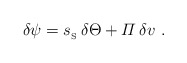
\begin{align*}\delta\psi={s_{_{\rm S}}}\,\delta\Theta+{\mit\Pi}\,\delta v \ . \end{align*}